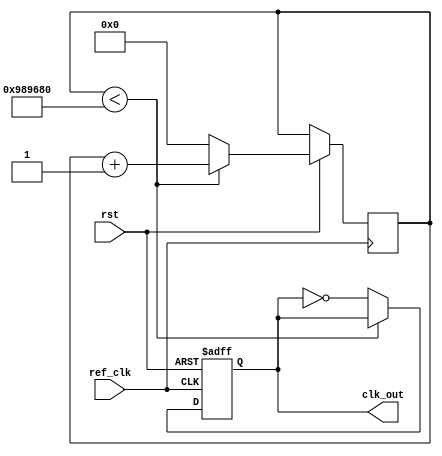
module CLK_1_SEC (
	ref_clk,
	rst,
	clk_out
);

input ref_clk;
input rst;
output clk_out;

reg clk_1;
reg [31:0] counter;

always@(posedge ref_clk or negedge rst)
begin
	if(!rst)
		clk_1 	<= 0;
	else
	begin
		if (counter < 10000000)
			counter <= counter + 1;
		else
		begin
			clk_1 <= ~clk_1;
			counter <= 0;
		end
	end
end	

assign clk_out = clk_1;
endmodule